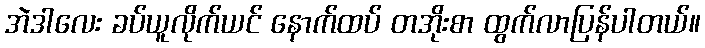
အဲဒါလေး ခပ်ယူလိုက်ယင် နောက်ထပ် တအိုးစာ ထွက်လာပြန်ပါတယ်။